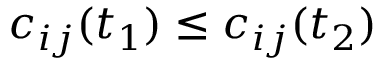
c _ { i j } ( t _ { 1 } ) \leq c _ { i j } ( t _ { 2 } )